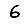
Digit: 6